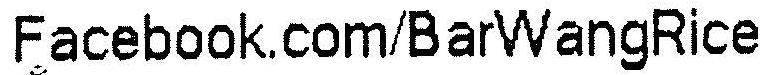
FACEBOOK.COM/BARWANGRICE